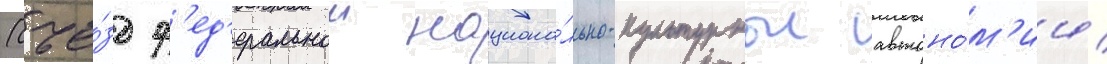
(съе́зд ф'ед'еральнои национа́льно-культурнои автоно́м'ии